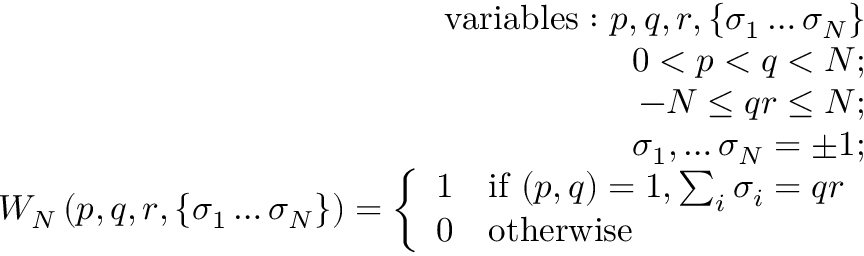
\begin{array} { r l r } & { } & { \mathrm { v a r i a b l e s : ~ } p , q , r , \left\{ \sigma _ { 1 } \dots \sigma _ { N } \right\} } \\ & { } & { 0 < p < q < N ; } \\ & { } & { - N \le q r \le N ; } \\ & { } & { \sigma _ { 1 } , \dots \sigma _ { N } = \pm 1 ; } \\ & { } & { W _ { N } \left( p , q , r , \left\{ \sigma _ { 1 } \dots \sigma _ { N } \right\} \right) = \left\{ \begin{array} { l l } { 1 } & { \mathrm { i f ~ } ( p , q ) = 1 , \sum _ { i } \sigma _ { i } = q r } \\ { 0 } & { \mathrm { o t h e r w i s e } } \end{array} \right. } \end{array}